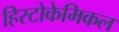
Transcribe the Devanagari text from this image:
हिस्टोकेमिकल